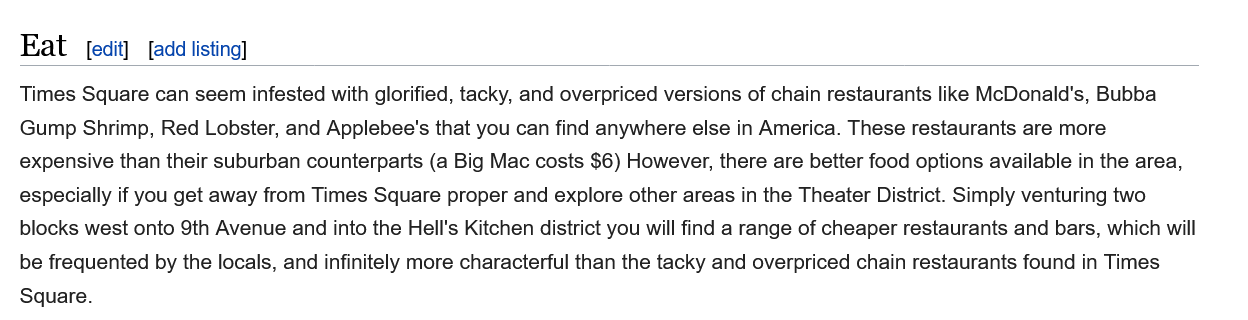
Eat
  Times Square can seem infested with glorified, tacky, and overpriced versions of chain restaurants like McDonald's, Bubba
  Gump Shrimp, Red Lobster, and Applebee's that you can find anywhere else in America. These restaurants are more
  expensive than their suburban counterparts (a Big Mac costs $6) However, there are better food options available in the area,
  especially if you get away from Times Square proper and explore other areas in the Theater District. Simply venturing two
  blocks west onto 9th Avenue and into the Hell's Kitchen district you will find a range of cheaper restaurants and bars, which will
  be frequented by the locals, and infinitely more characterful than the tacky and overpriced chain restaurants found in Times
  Square.